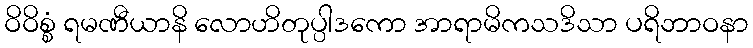
ဝိဝိစ္စံ ရမဏီယာနိ လောဟိတုပ္ပါဒကော အာရာမိကသဒိသာ ပရိဘာဝနာ